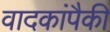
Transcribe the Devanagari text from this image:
वादकांपैकी